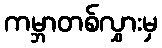
ကမ္ဘာတစ်လွှားမှ